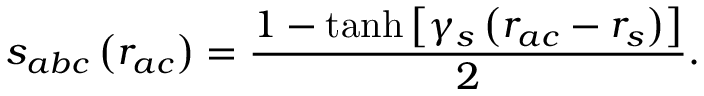
s _ { a b c } \left( r _ { a c } \right) = \frac { 1 - \operatorname { t a n h } \left[ \gamma _ { s } \left( r _ { a c } - r _ { s } \right) \right] } { 2 } .